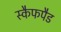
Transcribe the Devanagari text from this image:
स्कैफपैड